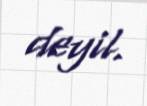
deyil.